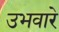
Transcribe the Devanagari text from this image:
उभवारे